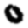
Digit: 0